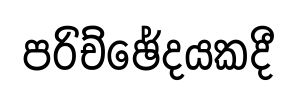
පරිච්ඡේදයකදී